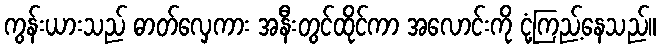
ကွန်းယားသည် ဓာတ်လှေကား အနီးတွင်ထိုင်ကာ အလောင်းကို ငုံ့ကြည့်နေသည်။